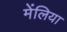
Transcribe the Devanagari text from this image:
मेंलिया